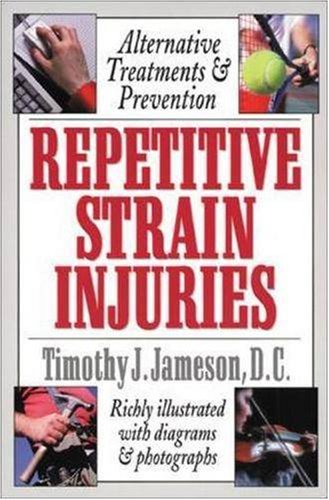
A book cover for Repetitive Strain Injuries; Timothy Jameson; Health, Fitness & Dieting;